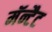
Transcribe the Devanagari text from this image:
मॅन्टैट